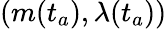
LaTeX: (m(t_{a}),\lambda(t_{a}))